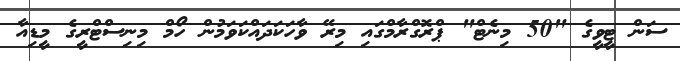
ސަން ޓީވީގެ "50 މިނެޓް" ޕްރޮގްރާމްގައި މިރޭ ވާހަކަދައްކަވަމުން ހޯމް މިނިސްޓްރީގެ މީޑިއާ